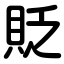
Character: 貶